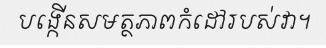
បង្កើនសមត្ថភាពកំដៅរបស់វា។